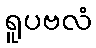
ရူပဗလံ